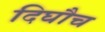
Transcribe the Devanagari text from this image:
दिघौच